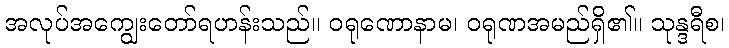
အလုပ်အကျွေးတော်ရဟန်းသည်။ ဝရုဏောနာမ၊ ဝရုဏအမည်ရှိ၏။ သုန္ဒရီစ၊